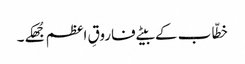
خطّاب کے بیٹے فاروقِ اعظم جُھکے۔